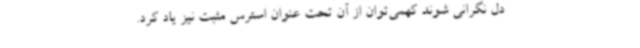
دل نگرانی ‌شوند کهمی‌توان از آن تحت عنوان استرس مثبت نیز یاد کرد.